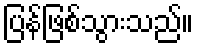
ပြန်ဖြစ်သွားသည်။